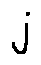
j